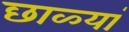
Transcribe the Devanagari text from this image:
छाळ्यां